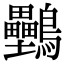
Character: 𪈦